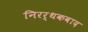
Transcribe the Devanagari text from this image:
निरर्थकवाद